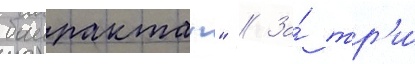
баирактар" // За́ тр'и́